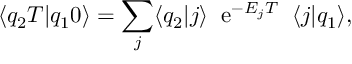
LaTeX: \langle q _ { 2 } T | q _ { 1 } 0 \rangle = \sum _ { j } \langle q _ { 2 } | j \rangle \; \; \mathrm { e } ^ { - E _ { j } T } \; \; \langle j | q _ { 1 } \rangle ,